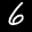
Label: 6